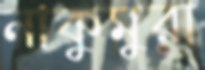
নাকুমুরা